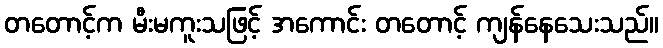
တတောင့်က မီးမကူးသဖြင့် အကောင်း တတောင့် ကျန်နေသေးသည်။